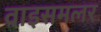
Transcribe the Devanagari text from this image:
वाइसमलर